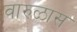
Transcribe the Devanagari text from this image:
वारुळास